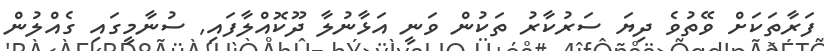
ފަރާތަކަށް ވޭތުވެ ދިޔަ ސަރުކާރު ތަކުން ވަނީ އަޅާނުލާ ދޫކޮއްލާފައި